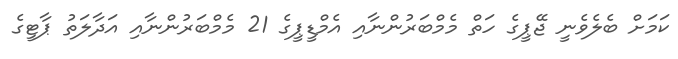
ކަމަށް ބެލެވެނީ ޖޭޕީގެ ހަތް މެމްބަރުންނާއި އެމްޑީޕީގެ 21 މެމްބަރުންނާއި އަދާލަތު ޕާޓީގެ